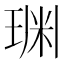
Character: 𱯂